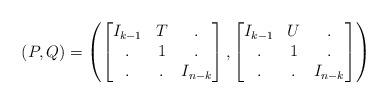
LaTeX: \begin{align*}(P,Q) = \left(\begin{bmatrix}I_{k-1} & T & . \\. & 1 & . \\. & . & I_{n-k}\end{bmatrix},\begin{bmatrix}I_{k-1} & U & . \\. & 1 & . \\. & . & I_{n-k}\end{bmatrix}\right)\end{align*}